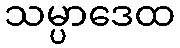
သမ္ပာဒေထ